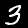
Label: 3